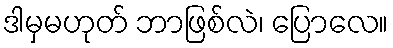
ဒါမှမဟုတ် ဘာဖြစ်လဲ၊ ပြောလေ။